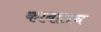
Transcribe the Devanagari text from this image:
काबातच